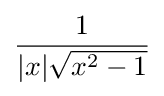
{\frac {1}{|x|{\sqrt {x^{2}-1}}}}